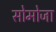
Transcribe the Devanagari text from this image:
सोमोजा